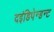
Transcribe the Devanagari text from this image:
दइंडिपेन्डन्ट